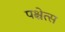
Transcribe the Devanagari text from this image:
पश्चेत्स